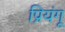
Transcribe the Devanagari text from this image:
प्रियंगू